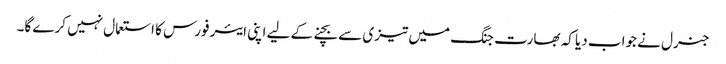
جنرل نے جواب دیا کہ بھارت جنگ میں تیزی سے بچنےکے لیے اپنی ایئر فورس کا استعمال نہیں کرے گا۔